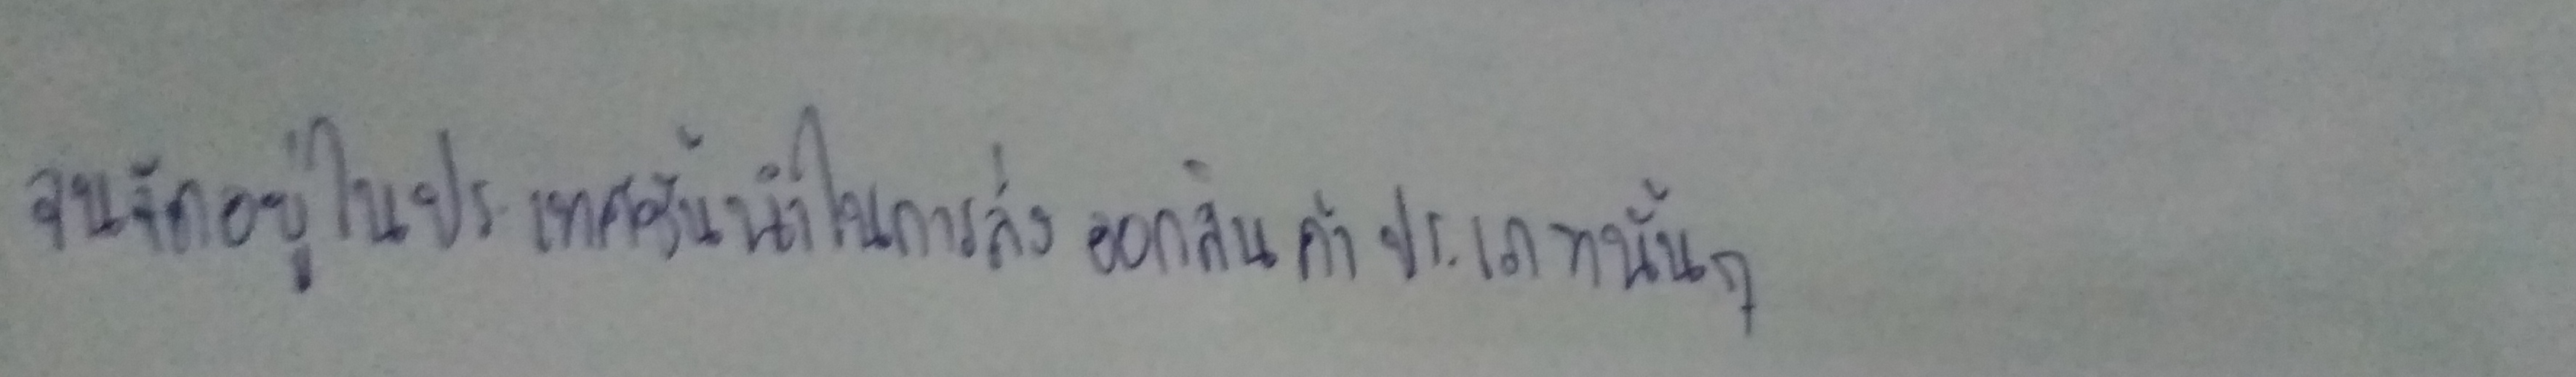
จนจัดอยู่ในประเทศชั้นนำในการส่งออกสินค้าประเภทนั้นๆ